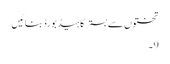
تختوں سے بستر کا ہیڈ بورڈ بنائیں
9۔